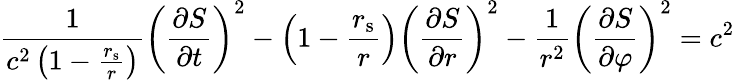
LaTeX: {\frac{1}{c^{2}\left(1-{\frac{r_{\mathrm{{s}}}}{r}}\right)}}\left({\frac{\partial S}{\partial t}}\right)^{2}-\left(1-{\frac{r_{\mathrm{{s}}}}{r}}\right)\left({\frac{\partial S}{\partial r}}\right)^{2}-{\frac{1}{r^{2}}}\left({\frac{\partial S}{\partial\varphi}}\right)^{2}=c^{2}